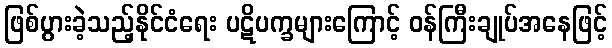
ဖြစ်ပွားခဲ့သည့်နိုင်ငံရေး ပဋိပက္ခများကြောင့် ဝန်ကြီးချုပ်အနေဖြင့်